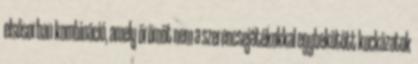
elsősorban kombináció, amely örömöt nem a szerencsejátékokkal egybekötött kockázatok